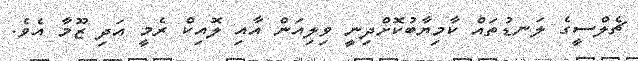
ޗެލްސީގެ ލަނޑުތައް ކާމިޔާބުކޮށްދިނީ ވިލިއަން އާއި ލޮއިކް ރެމީ އަދި ޒޫމާ އެވެ.